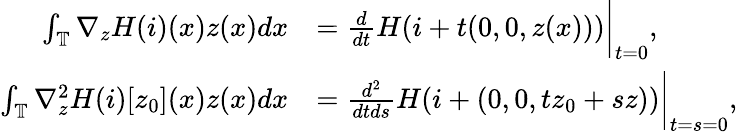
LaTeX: \begin{array}{rl}{\int_{\mathbb{T}}\nabla_{z}H(i)(x)z(x)dx}&{=\frac{d}{dt}H(i+t(0,0,z(x)))\bigg|_{t=0},}\\ {\int_{\mathbb{T}}\nabla_{z}^{2}H(i)[z_{0}](x)z(x)dx}&{=\frac{d^{2}}{dtds}H(i+(0,0,tz_{0}+sz))\bigg|_{t=s=0},}\end{array}